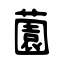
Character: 薗